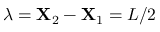
\lambda = \mathbf { X } _ { 2 } - \mathbf { X } _ { 1 } = L / 2